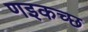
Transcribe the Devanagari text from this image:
णइकच्छ